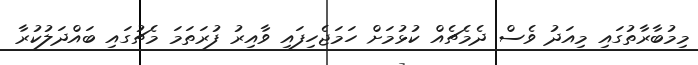
މިމުބާރާތުގައި މިއަދު ވެސް ދެމެޗެއް ކުޅުމަށް ހަމަޖެހިފައި ވާއިރު ފުރަތަމަ މެޗުގައި ބައްދަލުކުރާ